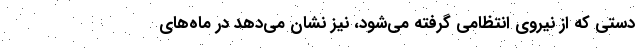
دستی که از نیروی انتظامی گرفته می‌شود، نیز نشان می‌دهد در ماه‌های